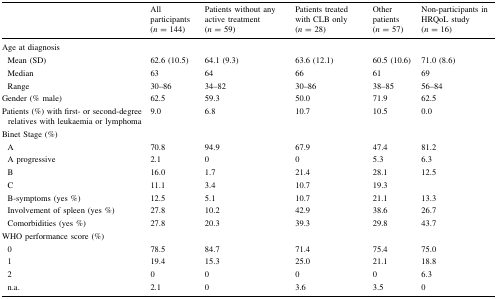
|  | All participants (n = 144) | Patients without any active treatment (n = 59) | Patients treated with CLB only (n = 28) | Other patients (n = 57) | Non-participants in HRQoL study (n = 16) |
 | --- | --- | --- | --- | --- | --- |
 | <COLSPAN=6> Age at diagnosis |
 | Mean (SD) | 62.6 (10.5) | 64.1 (9.3) | 63.6 (12.1) | 60.5 (10.6) | 71.0 (8.6) |
 | Median | 63 | 64 | 66 | 61 | 69 |
 | Range | 30–86 | 34–82 | 30–86 | 38–85 | 56–84 |
 | Gender (% male) | 62.5 | 59.3 | 50.0 | 71.9 | 62.5 |
 | Patients (%) with first- or second-degree relatives with leukaemia or lymphoma | 9.0 | 6.8 | 10.7 | 10.5 | 0.0 |
 | <COLSPAN=6> Binet Stage (%) |
 | A | 70.8 | 94.9 | 67.9 | 47.4 | 81.2 |
 | A progressive | 2.1 | 0 | 0 | 5.3 | 6.3 |
 | B | 16.0 | 1.7 | 21.4 | 28.1 | 12.5 |
 | C | 11.1 | 3.4 | 10.7 | 19.3 |  |
 | B-symptoms (yes %) | 12.5 | 5.1 | 10.7 | 21.1 | 13.3 |
 | Involvement of spleen (yes %) | 27.8 | 10.2 | 42.9 | 38.6 | 26.7 |
 | Comorbidities (yes %) | 27.8 | 20.3 | 39.3 | 29.8 | 43.7 |
 | <COLSPAN=6> WHO performance score (%) |
 | 0 | 78.5 | 84.7 | 71.4 | 75.4 | 75.0 |
 | 1 | 19.4 | 15.3 | 25.0 | 21.1 | 18.8 |
 | 2 | 0 | 0 | 0 | 0 | 6.3 |
 | n.a. | 2.1 | 0 | 3.6 | 3.5 | 0 |